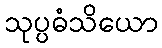
သုပ္ပဓံသိယော